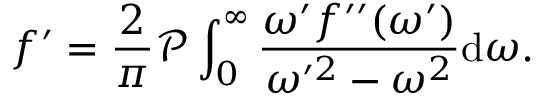
f ^ { \prime } = \frac { 2 } { \pi } \mathcal { P } \int _ { 0 } ^ { \infty } \frac { \omega ^ { \prime } f ^ { \prime \prime } ( \omega ^ { \prime } ) } { \omega ^ { \prime 2 } - \omega ^ { 2 } } \mathrm { d } \omega .